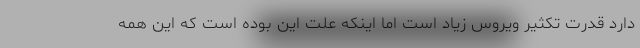
دارد قدرت تکثیر ویروس زیاد است اما اینکه علت این بوده است که این همه